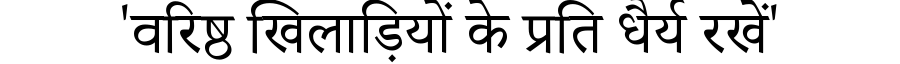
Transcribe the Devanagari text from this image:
'वरिष्ठ खिलाड़ियों के प्रति धैर्य रखें'